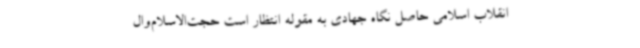
انقلاب اسلامی حاصل نگاه جهادی به مقوله انتظار است حجت‌الاسلام‌وال